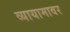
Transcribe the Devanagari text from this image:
व्यायामावर